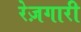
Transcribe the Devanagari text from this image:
रेज़गारी